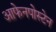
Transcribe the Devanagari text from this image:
आफेनपोस्टेन